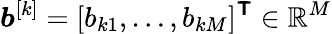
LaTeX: \boldsymbol{b}^{[k]}=[b_{k1},\ldots,b_{kM}]^{\boldsymbol{\mathsf{T}}}\in\mathbb{R}^{M}